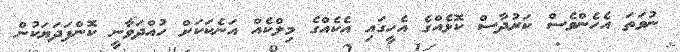
ނުވަތަ އެހެންވެސް ކަރުދާސް ކޮޅެއްގެ އެހީގައި އެކެއްގެ މިލްކެއް އަނެކަކަށް ހުއްދަވާނީ ކޮންފަދަޔަކުން